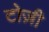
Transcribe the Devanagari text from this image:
टोज़ी